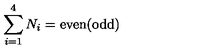
\sum _ { i = 1 } ^ { 4 } N _ { i } = \mathrm { e v e n ( o d d ) }